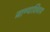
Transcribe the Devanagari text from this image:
जाण्याशिवाय